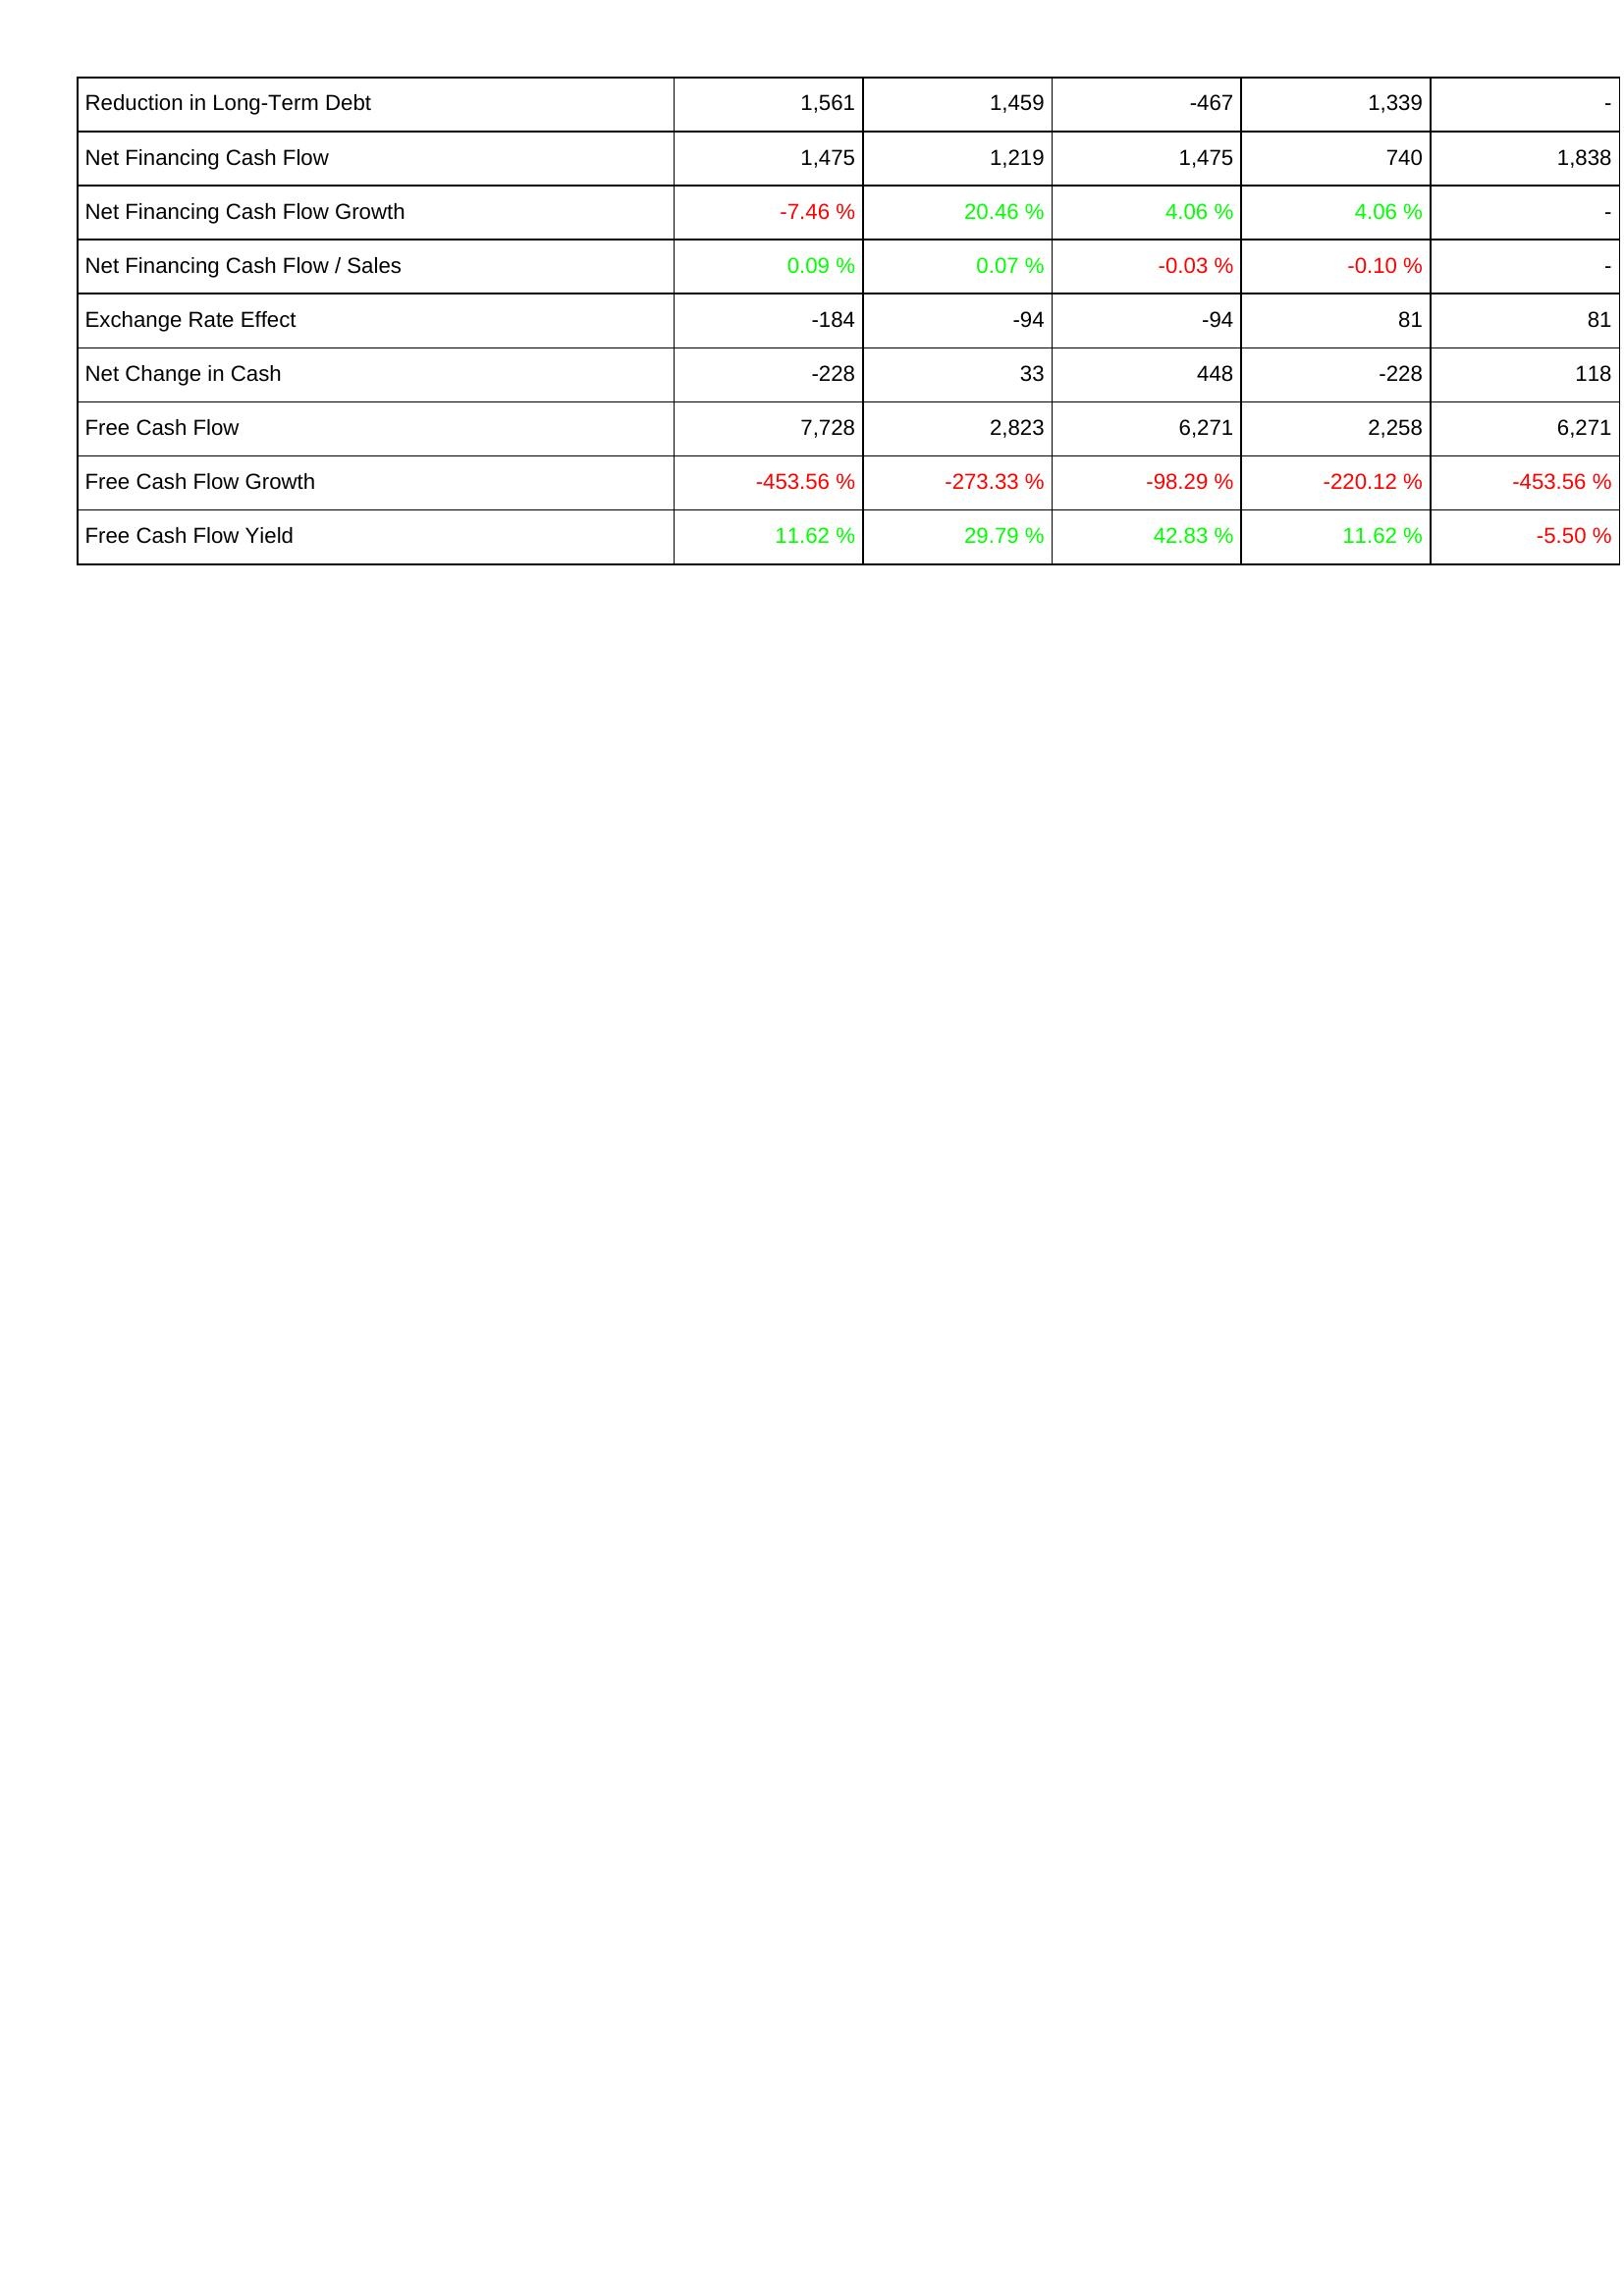
2009: Financing Activities: Reduction in Long-Term Debt: 1,561
Net Financing Cash Flow: 1,475
Net Financing Cash Flow Growth: -7.46 %
Net Financing Cash Flow / Sales: 0.09 %
Exchange Rate Effect: -184
Net Change in Cash: -228
Free Cash Flow: 7,728
Free Cash Flow Growth: -453.56 %
Free Cash Flow Yield: 11.62 %
2008: Financing Activities: Reduction in Long-Term Debt: 1,459
Net Financing Cash Flow: 1,219
Net Financing Cash Flow Growth: 20.46 %
Net Financing Cash Flow / Sales: 0.07 %
Exchange Rate Effect: -94
Net Change in Cash: 33
Free Cash Flow: 2,823
Free Cash Flow Growth: -273.33 %
Free Cash Flow Yield: 29.79 %
2007: Financing Activities: Reduction in Long-Term Debt: -467
Net Financing Cash Flow: 1,475
Net Financing Cash Flow Growth: 4.06 %
Net Financing Cash Flow / Sales: -0.03 %
Exchange Rate Effect: -94
Net Change in Cash: 448
Free Cash Flow: 6,271
Free Cash Flow Growth: -98.29 %
Free Cash Flow Yield: 42.83 %
2006: Financing Activities: Reduction in Long-Term Debt: 1,339
Net Financing Cash Flow: 740
Net Financing Cash Flow Growth: 4.06 %
Net Financing Cash Flow / Sales: -0.10 %
Exchange Rate Effect: 81
Net Change in Cash: -228
Free Cash Flow: 2,258
Free Cash Flow Growth: -220.12 %
Free Cash Flow Yield: 11.62 %
2005: Financing Activities: Reduction in Long-Term Debt: -
Net Financing Cash Flow: 1,838
Net Financing Cash Flow Growth: -
Net Financing Cash Flow / Sales: -
Exchange Rate Effect: 81
Net Change in Cash: 118
Free Cash Flow: 6,271
Free Cash Flow Growth: -453.56 %
Free Cash Flow Yield: -5.50 %